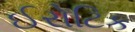
ઈરોટિક